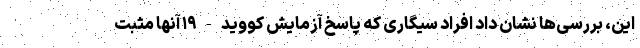
این، بررسی‌ها نشان داد افراد سیگاری که پاسخ آزمایش کووید-۱۹ آنها مثبت